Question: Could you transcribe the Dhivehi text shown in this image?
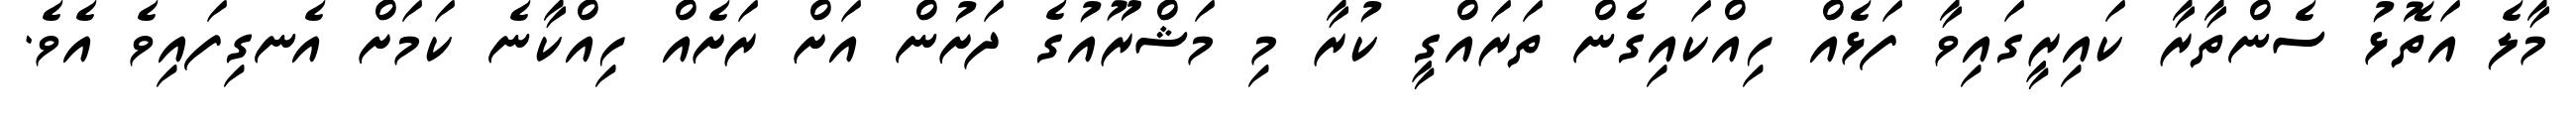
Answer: މާލެ އަތޮޅު ސެންތާރާ ކައިރީގައިވާ ފަޅެއް ހިއްކައިގެން ތަރައްގީ ކުރާ މި މަޝްރޫއުގެ ދަށުން އަށް ރަށެއް ހިއްކާނެ ކަމަށް އެނގިފައިވެ އެވެ.